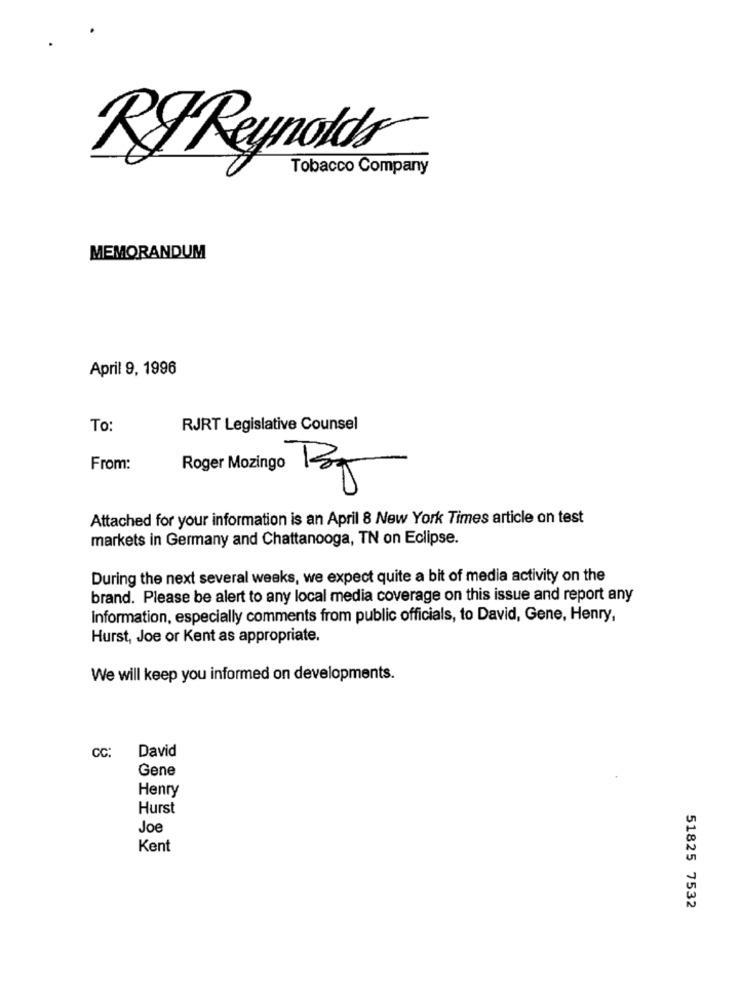
KyReynokdy®
Tobacco Company
MEMORANDUM
April 9, 1996
To:
RJRT Legislative Counsel
From:
Roger Mozingo
K
Attached for your information is an April 8 New York Times article on test
markets in Germany and Chattanooga, TN on Eclipse.
During the next several weeks, we expect quite a bit of media activity on the
brand. Please be alert to any local media coverage on this issue and report any
Information, especially comments from public officials, to David, Gene, Henry,
Hurst, Joe or Kent as appropriate.
We will keep you informed on developments.
David
CC:
Gene
Henry
Hurst
Joe
Kent
51825 7532